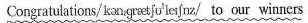
Congratulations/ kənˌɡrætʃəˈleɪʃ(ə)nz/ to our winners